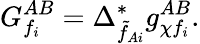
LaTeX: G_{f_{i}}^{AB}=\Delta_{\tilde{f}_{Ai}}^{*}g_{\chi f_{i}}^{AB}.